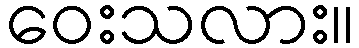
ဝေးသလား။